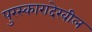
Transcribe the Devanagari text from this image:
पुरस्कारादेखील